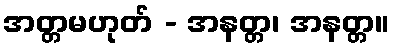
အတ္တမဟုတ် - အနတ္တ၊ အနတ္တ။